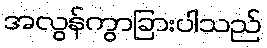
အလွန်ကွာခြားပါသည်